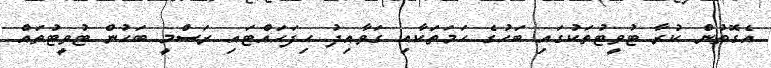
އެގޮތުން ކުރާ ޓުވީޓުތަކުގައި ބަހުގެ ހަމަތަކާއި ގަވާއިދު ހިފަހައްޓައި ރަސްމީ ބަހުން ޓުވީޓުތައް